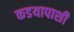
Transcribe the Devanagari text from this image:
कडयापाशी